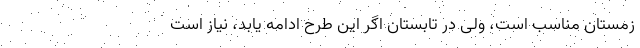
زمستان مناسب است، ولی در تابستان اگر این طرح ادامه یابد، نیاز است